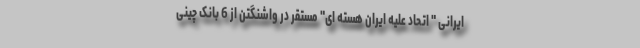
ایرانی " اتحاد علیه ایران هسته ای" مستقر در واشنگتن از 6 بانک چینی